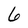
Character: 6